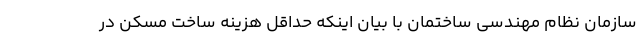
سازمان نظام مهندسی ساختمان با بیان اینکه حداقل هزینه ساخت مسکن در